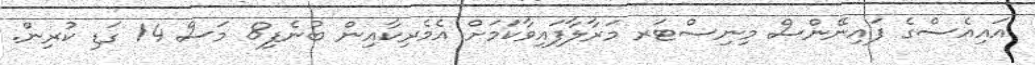
އައިއެސްގެ ފައިނޭންސް މިނިސްޓަރ މަރާލާފައިވާކަމަށް އެމެރިކާއިން ބުނެފި8 މަސް 14 ގަޑި ކުރިން.